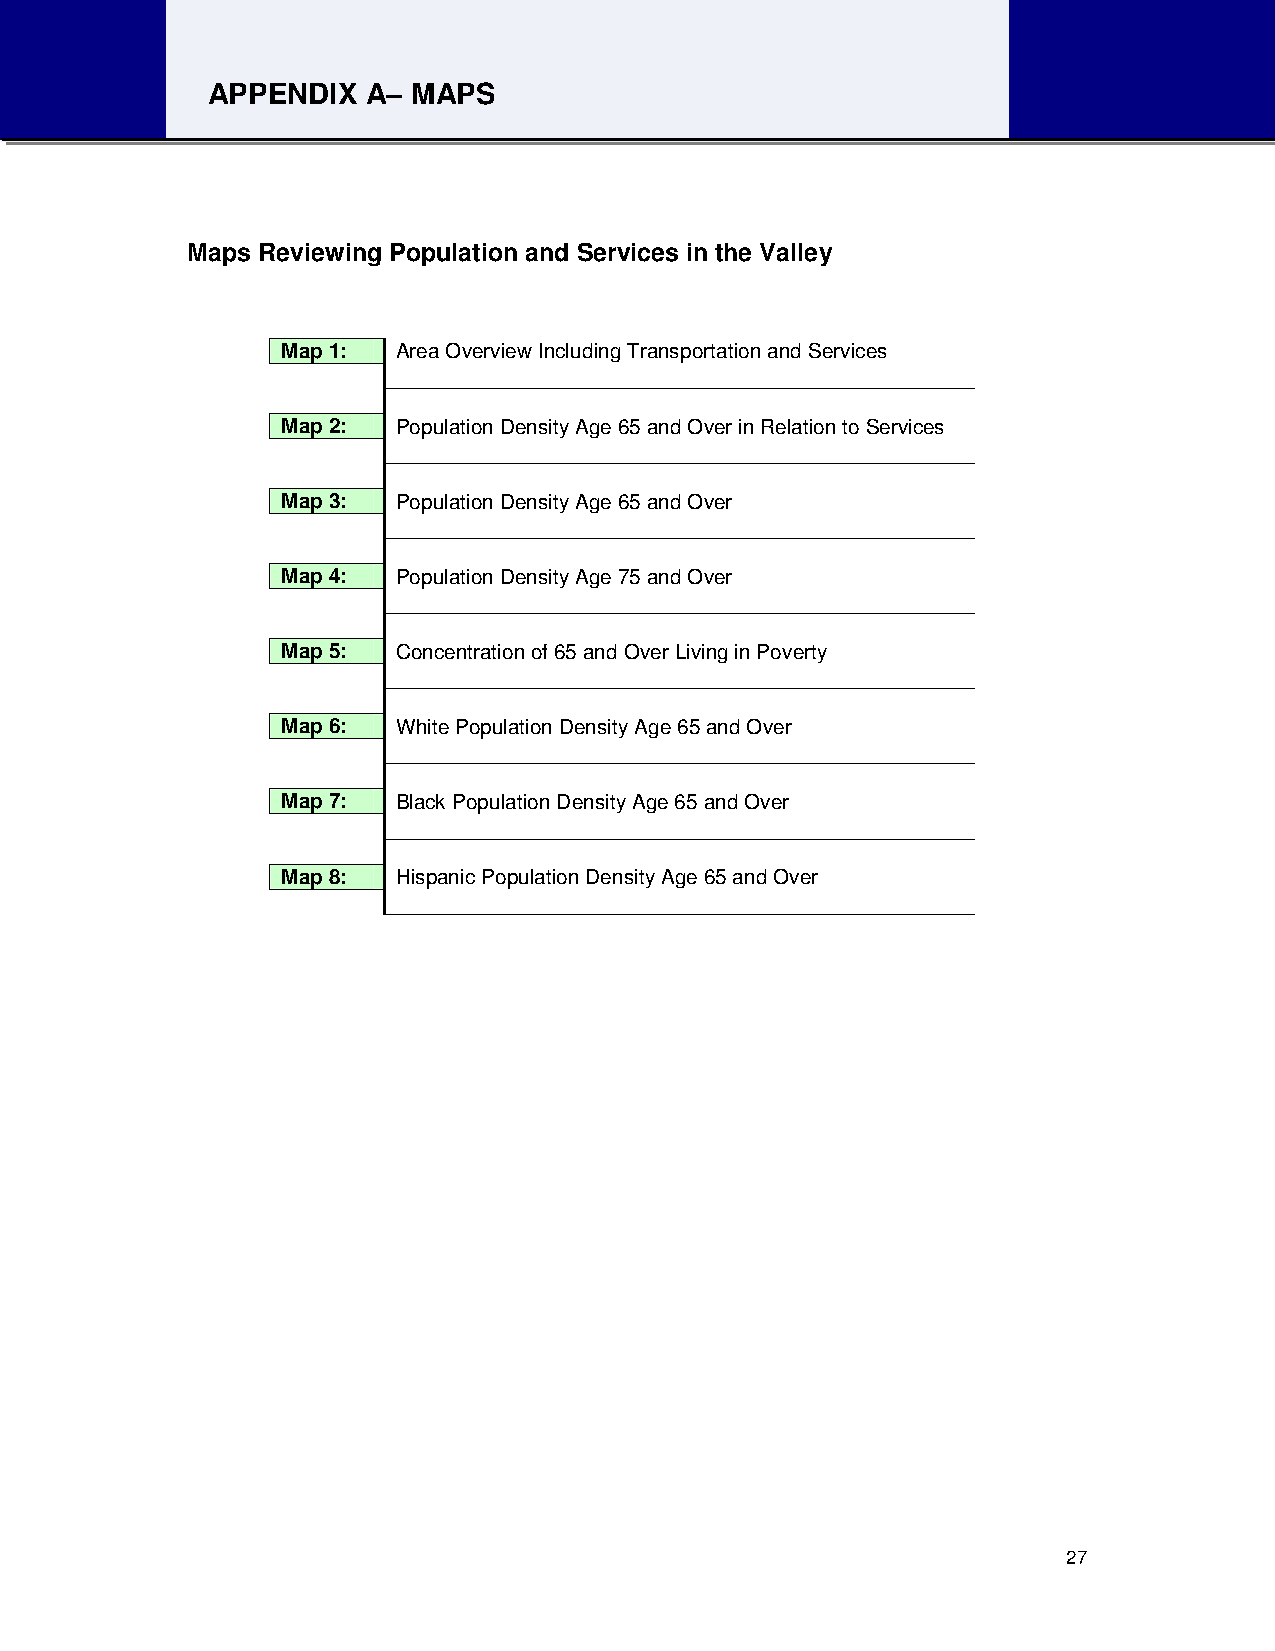
APPENDIX  A– MAPS
 Maps Reviewing Population and Services in the Valley
 Map 1: Area Overview Including Transportation and Services
 Map 2: Population Density Age 65 and Over in Relation to Services
 Map 3: Population Density Age 65 and Over
 Map 4: Population Density Age 75 and Over
 Map 5: Concentration of 65 and Over Living in Poverty
 Map 6: White Population Density Age 65 and Over
 Map 7: Black Population Density Age 65 and Over
 Map 8: Hispanic Population Density Age 65 and Over
 27